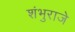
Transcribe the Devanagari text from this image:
शंभुराजे